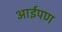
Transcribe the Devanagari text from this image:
आईपण